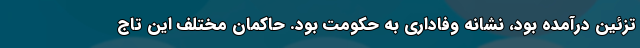
تزئین درآمده بود، نشانه وفاداری به حکومت بود. حاکمان مختلف این تاج